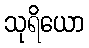
သုရိယော